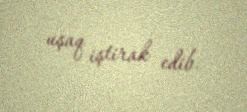
uşaq iştirak edib.